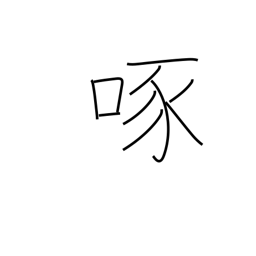
Meaning: peck